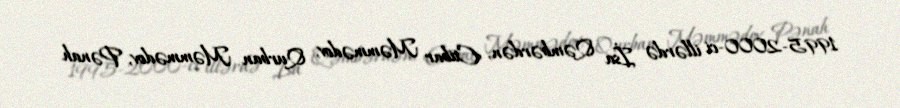
1995-2000-ci illərdə İsa Qəmbərdən, Etibar Məmmədov, Qurban Məmmədov, Pənah